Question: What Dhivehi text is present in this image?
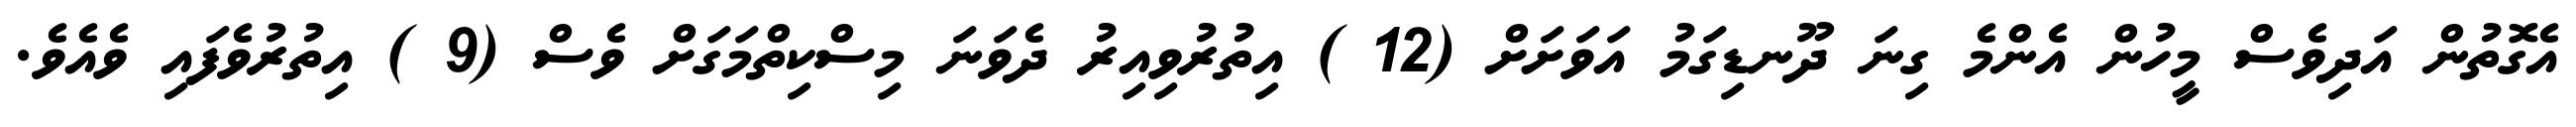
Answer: އެގޮތުން އަދިވެސް މީހުން އެންމެ ގިނަ ދޫނޑިގަމު އަވަށަށް (12 ) އިތުރުވިއިރު ދެވަނަ މިސްކިތްމަގަށް ވެސް (9 ) އިތުރުވެފައި ވެއެވެ.